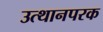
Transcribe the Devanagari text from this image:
उत्थानपरक